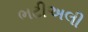
ભટીઅલી